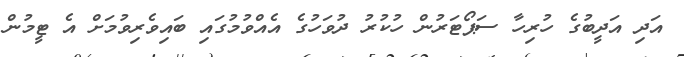
އަދި އަދީބުގެ ހުރިހާ ސަޕޯޓަރުން ހުކުރު ދުވަހުގެ އެއްވުމުގައި ބައިވެރިވުމަށް އެ ޓީމުން